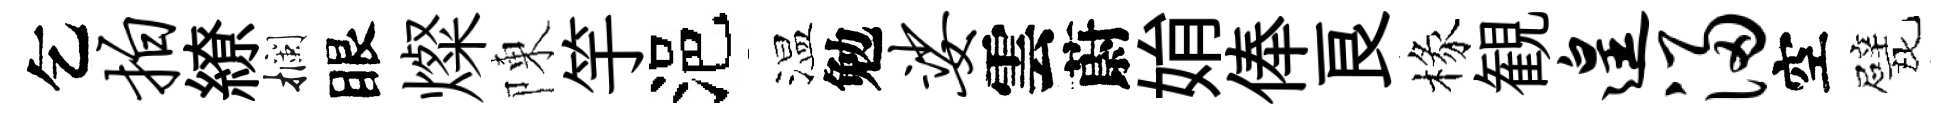
乞拍繚攔眼燦陳竽浥温勉娑雲蔚姢俸良椽観遑浸空戏